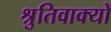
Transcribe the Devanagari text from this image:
श्रुतिवाक्यों